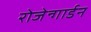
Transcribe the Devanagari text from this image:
रोजेन्गार्डन